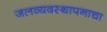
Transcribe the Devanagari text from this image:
जलव्यवस्थापनाचा